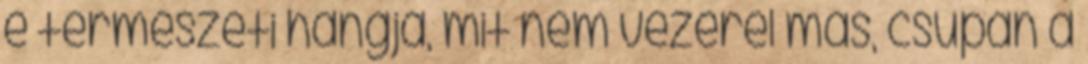
e természeti hangja, mit nem vezérel más, csupán a